Punjab Mental Hospital Lahore 1922-31 - 1922-1931
Year: 1922
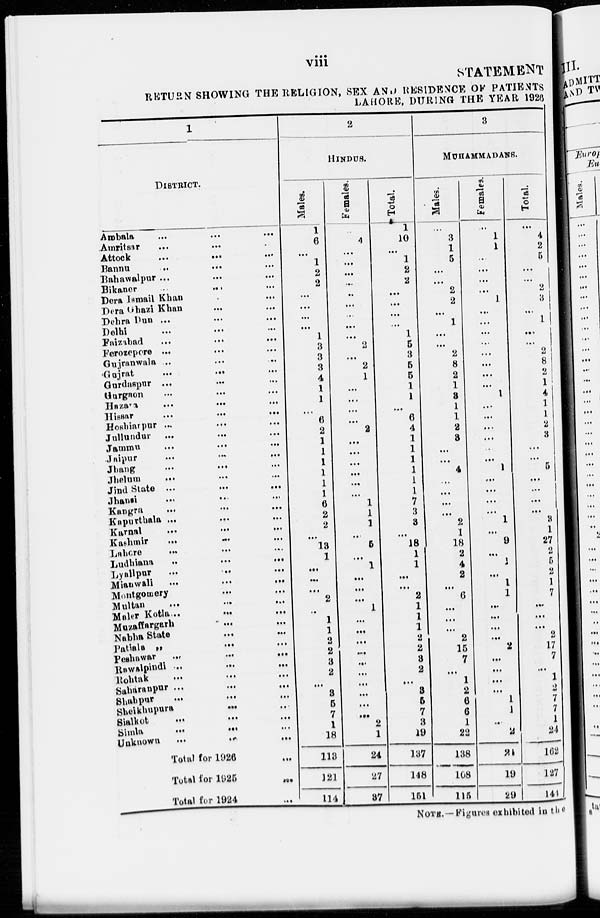
viii
STATEMENT
RETURN SHOWING THE RELIGION, SEX AND RESIDENCE OF PATIENTS
LAHORE, DURING THE YEAR 1926
1
DISTRICT.
Ambala
...
...
...
Amritsar ... ... ...
Attock
...
...
...
Bannu
...
...
...
Bahawalpur ... ... ...
Bikaner ... ... ...
Dera Ismail Khan ... ...
Dera Ghazi Khan
...
...
Dehra Dun ...
...
...
Delhi
...
...
...
Faizabad
...
...
...
Ferozepore
...
...
...
Gujranwala ... ... ...
Gujrat
...
...
...
Gurdaspur
...
...
...
Gurgaon
...
...
...
Hazara
...
...
...
Hissar
...
...
...
Hoshiarpur ...
...
...
Jullundur
...
...
...
Jammu
...
...
...
Jaipur
...
...
Jhang
...
...
...
Jhelum
...
...
...
Jind State ...
...
...
Jhansi
...
...
...
Kangra
...
...
...
Kapurthala
...
...
...
Karnal
...
...
...
Kashmir
...
...
...
Lahore
...
...
...
Ludhiana
...
...
...
Lyallpur
...
...
...
Mianwali
...
...
...
Montgomery
...
...
Multan
...
...
...
Maler Kotla...
...
...
Muzaffargarh ... ... ...
Nabha State ... ... ...
Patiala
...
...
...
Peshawar
..
...
...
Rawalpindi
...
...
...
Rohtak
...
...
Saharanpur ...
...
...
Shahpur
...
...
...
Sheikhupura ... ... ...
Sialkot
...
...
...
Simla
...
...
...
Unknown
...
...
...
Total for 1926 ...
Total for
1925
...
Total for 1924 ...
2
HINDUS.
Males.
1
6
...
1
2
2
...
...
...
...
1
3
3
3
4
1
1
...
6
2
1
1
1
1
1
1
6
2
2
...
13
1
...
...
...
2
..
1
1
2
2
3
2
...
3
5
7
1
18
118
121
114
Females.
...
4
...
...
...
...
..
...
...
...
...
2
...
2
1
...
...
...
...
2
...
...
...
...
...
...
1
1
1
...
5
...
1
...
...
...
1
...
...
...
...
...
...
...
...
...
...
2
1
24
27
37
Total.
1
10
...
1
2
2
...
...
...
...
1
5
3
5
5
1
1
...
6
4
1
1
1
1
1
1
7
3
3
...
18
1
1
...
...
2
1
1
1
2
2
3
2
...
3
5
7
3
19
137
148
151
3
MUHAMMADANS.
Males.
...
3
1
5
...
...
2
2
...
1
...
...
2
8
2
1
3
1
1
2
3
...
...
4
...
...
...
...
2
1
18
2
4
2
...
6
...
...
...
2
15
7
...
1
2
6
6
1
22
138
108
115
Females.
...
1
1
...
...
...
...
1
...
...
...
...
...
...
...
...
1
...
...
...
...
...
...
1
...
...
...
...
1
...
9
...
1
...
1
1
...
...
...
...
2
...
...
...
...
1
1
...
2
24
19
29
Total.
...
4
2
5
...
...
2
3
...
1
...
...
2
8
2
1
4
1
1
2
3
...
...
5
...
...
...
...
3
1
27
2
5
2
1
7
...
...
...
2
17
7
...
1
2
7
7
1
24
162
127
144
NOTE.—Figures exhibited in the